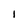
Character: i